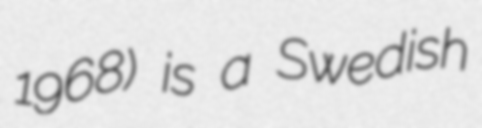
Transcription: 1968) is a Swedish